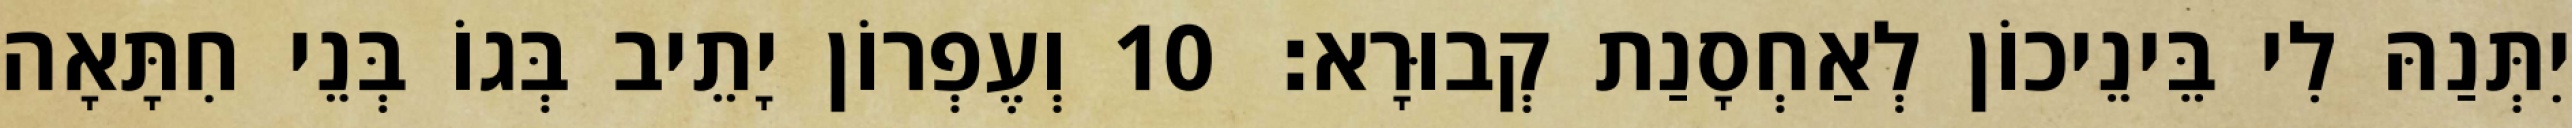
יִתְּנַהּ לִי בֵּינֵיכוֹן לְאַחְסָנַת קְבוּרָא׃ 10 וְעֶפְרוֹן יָתֵיב בְּגוֹ בְּנֵי חִתָּאָה